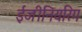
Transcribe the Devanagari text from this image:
ईजीनियरिग